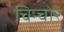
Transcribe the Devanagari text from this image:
चिन्चोरे